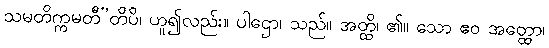
သမတိက္ကမတီ”တိပိ၊ ဟူ၍လည်း။ ပါဌော၊ သည်။ အတ္ထိ၊ ၏။ သော ဧဝ အတ္ထော၊